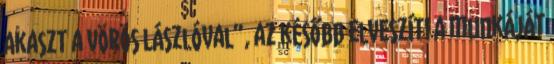
a­kaszt a vörös Lászlóval”, az később elveszíti a munkáját